Notes on vaccination in the North-West Frontier Province 1923-1928 - 1923-1928
Year: 1923
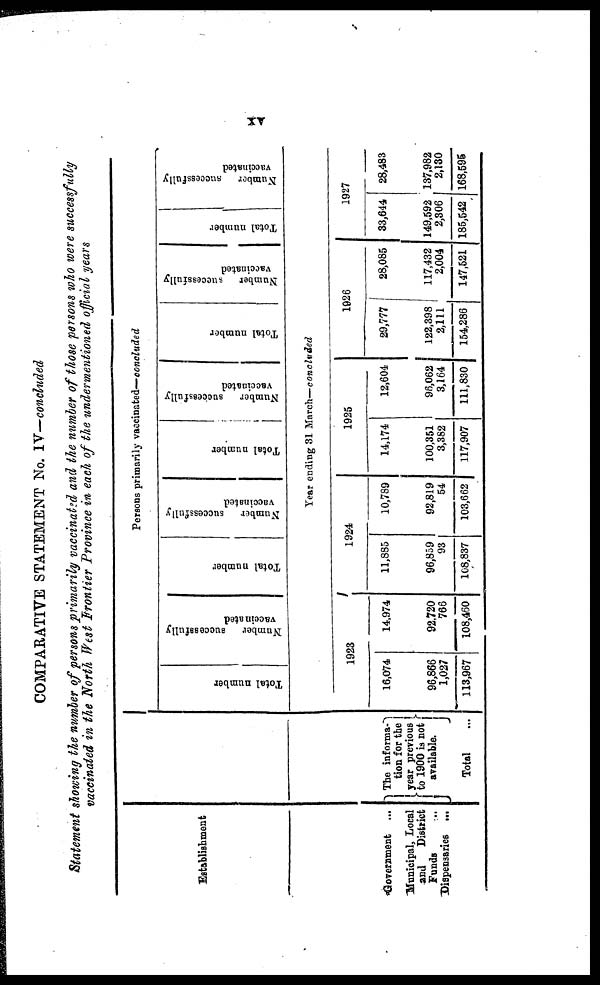
xv
COMPARATIVE STATEMENT No. IV—concluded
Statement showing the number of persons primarily vaccinated and the number of those persons who were successfully
vaccinated in the North West Frontier Province in each of the undermentioned official years
Establishment
Government ...
Municipal, Local
and
District
Funds ...
Dispensaries ...
The informa¬
tion for the
year previous
to 1900 is not
available.
Total ...
Persons primarily vaccinated— concluded
Total number
Number
successfully
vaccinated
Total number
Number
successfully
vaccinated
Total number
Number
successfully
vaccinated
Total number
Number
successfully
vaccinated
Total number
Number
successfully
vaccinated
Year ending 31 March—concluded
1923
16,074
96,866
1,027
113,967
14,974
92,720
766
108,460
1924
11,885
96,859
93
108,837
10,789
92,819
54
103,662
1925
14,174
100,351
3,382
117,907
12,604
96,062
3,164
111,830
1926
29,777
122,398
2,111
154,286
28,085
117,432
2,004
147,521
1927
33,644
149,592
2,306
185,542
28,483
137,982
2,130
168,595